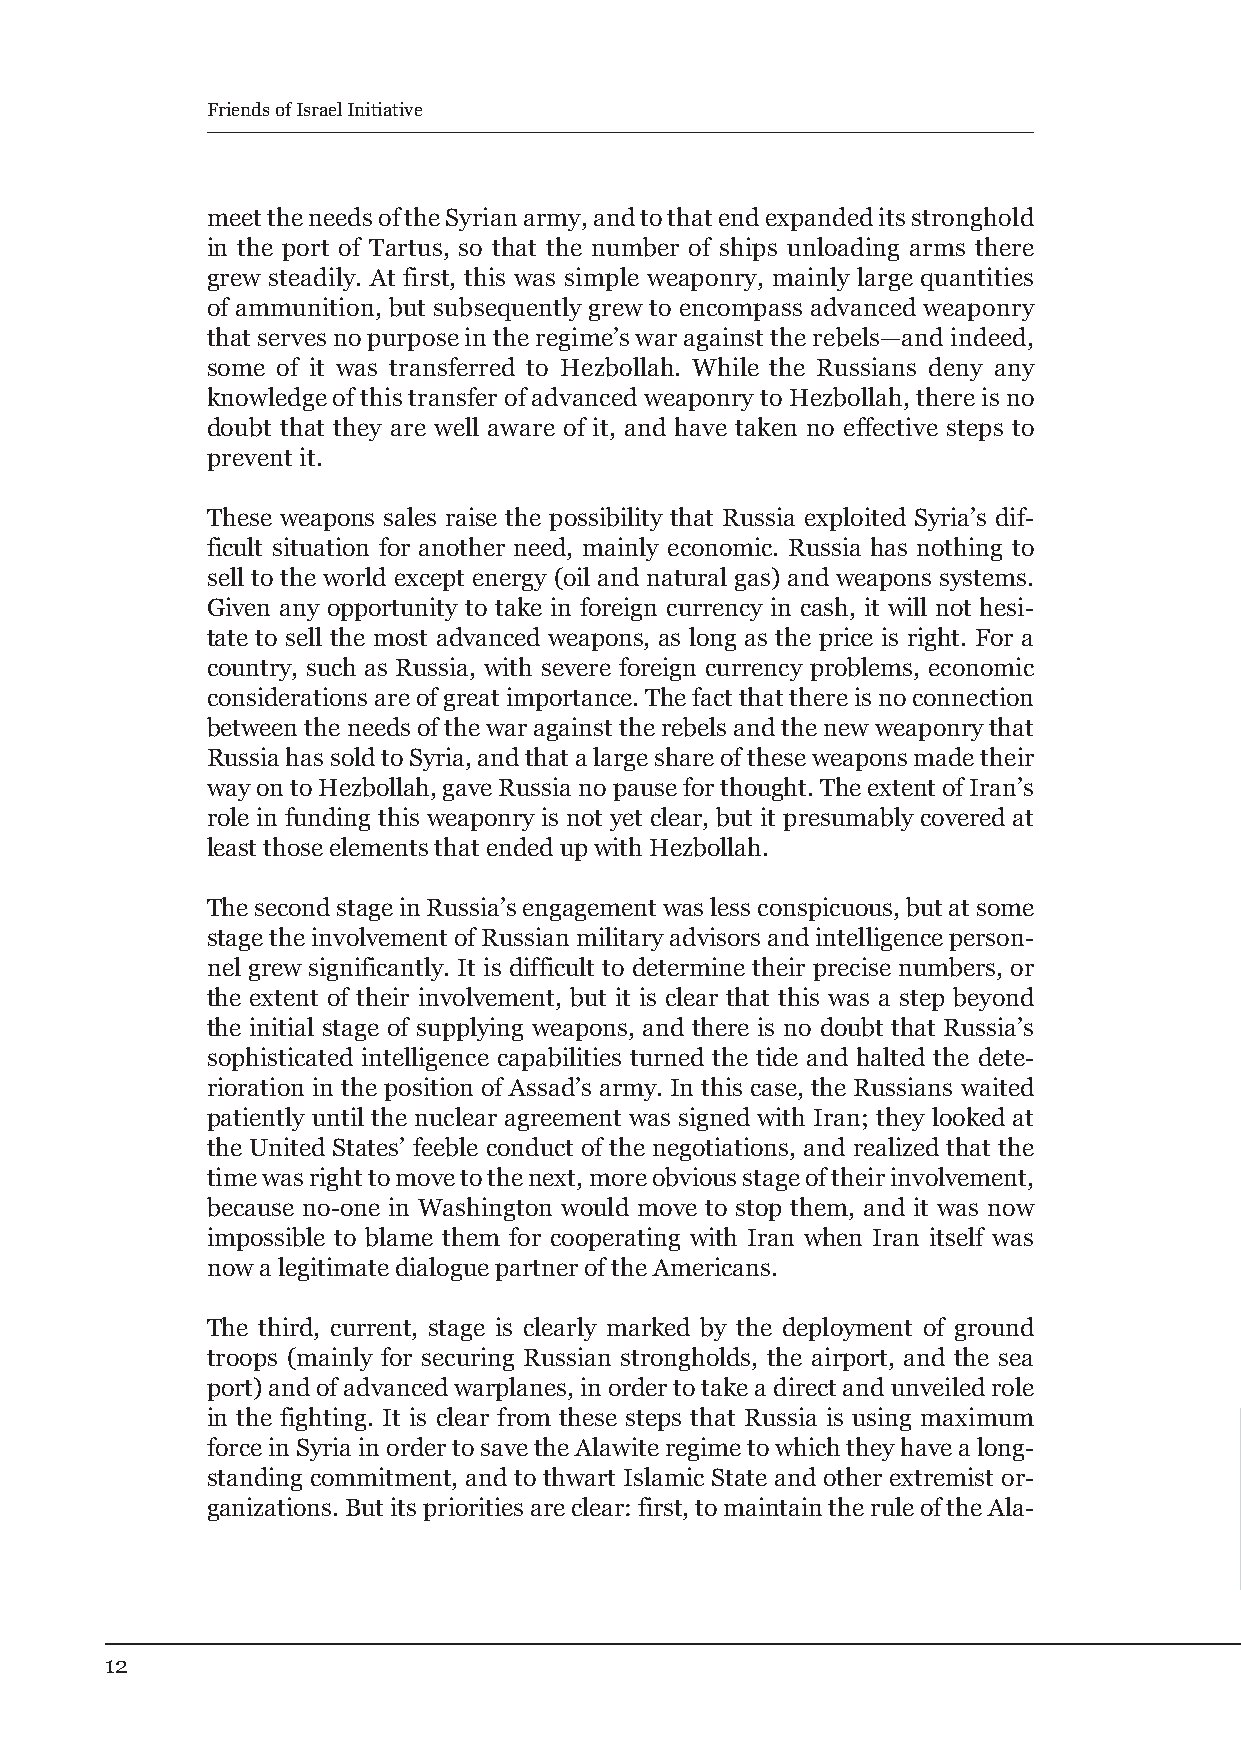
Friends of Israel Initiative
 meet the needs of the Syrian army, and to that end expanded its stronghold
 in the port of Tartus, so that the number of ships unloading arms there
 grew steadily. At first, this was simple weaponry, mainly large quantities
 of ammunition, but subsequently grew to encompass advanced weaponry
 that serves no purpose in the regime’s war against the rebels—and indeed,
 some of it was transferred to Hezbollah. While the Russians deny any
 knowledge of this transfer of advanced weaponry to Hezbollah, there is no
 doubt that they are well aware of it, and have taken no effective steps to
 prevent it.
 These weapons sales raise the possibility that Russia exploited Syria’s dif-
 ficult situation for another need, mainly economic. Russia has nothing to
 sell to the world except energy (oil and natural gas) and weapons systems.
 Given any opportunity to take in foreign currency in cash, it will not hesi-
 tate to sell the most advanced weapons, as long as the price is right. For a
 country, such as Russia, with severe foreign currency problems, economic
 considerations are of great importance. The fact that there is no connection
 between the needs of the war against the rebels and the new weaponry that
 Russia has sold to Syria, and that a large share of these weapons made their
 way on to Hezbollah, gave Russia no pause for thought. The extent of Iran’s
 role in funding this weaponry is not yet clear, but it presumably covered at
 least those elements that ended up with Hezbollah.
 The second stage in Russia’s engagement was less conspicuous, but at some
 stage the involvement of Russian military advisors and intelligence person-
 nel grew significantly. It is difficult to determine their precise numbers, or
 the extent of their involvement, but it is clear that this was a step beyond
 the initial stage of supplying weapons, and there is no doubt that Russia’s
 sophisticated intelligence capabilities turned the tide and halted the dete-
 rioration in the position of Assad’s army. In this case, the Russians waited
 patiently until the nuclear agreement was signed with Iran; they looked at
 the United States’ feeble conduct of the negotiations, and realized that the
 time was right to move to the next, more obvious stage of their involvement,
 because no-one in Washington would move to stop them, and it was now
 impossible to blame them for cooperating with Iran when Iran itself was
 now a legitimate dialogue partner of the Americans.
 The third, current, stage is clearly marked by the deployment of ground
 troops (mainly for securing Russian strongholds, the airport, and the sea
 port) and of advanced warplanes, in order to take a direct and unveiled role
 in the fighting. It is clear from these steps that Russia is using maximum
 force in Syria in order to save the Alawite regime to which they have a long-
 standing commitment, and to thwart Islamic State and other extremist or-
 ganizations. But its priorities are clear: first, to maintain the rule of the Ala-
 12